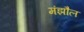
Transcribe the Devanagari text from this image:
मंझौल